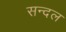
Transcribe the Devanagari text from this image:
सन्दल